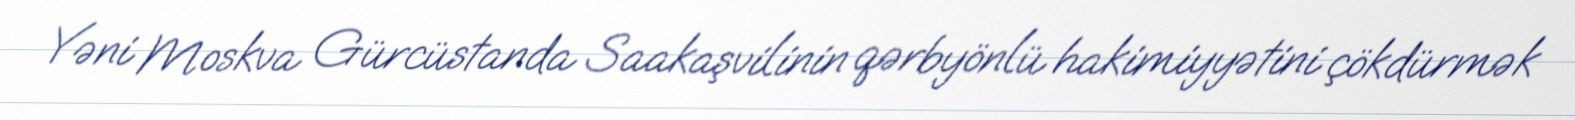
Yəni Moskva Gürcüstanda Saakaşvilinin qərbyönlü hakimiyyətini çökdürmək